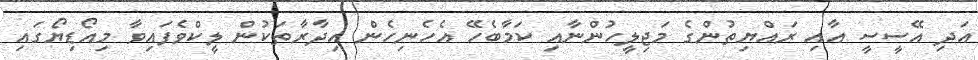
އަދި އޭސީސީ އާއި ރައްޔިތުންގެ މަޖިލީހުންނާއި ކަމާބެހޭ އެހެނިހެން އިދާރާތަކުން ލީކްވެފައިވާ މިއޯޑިޔޯގައި